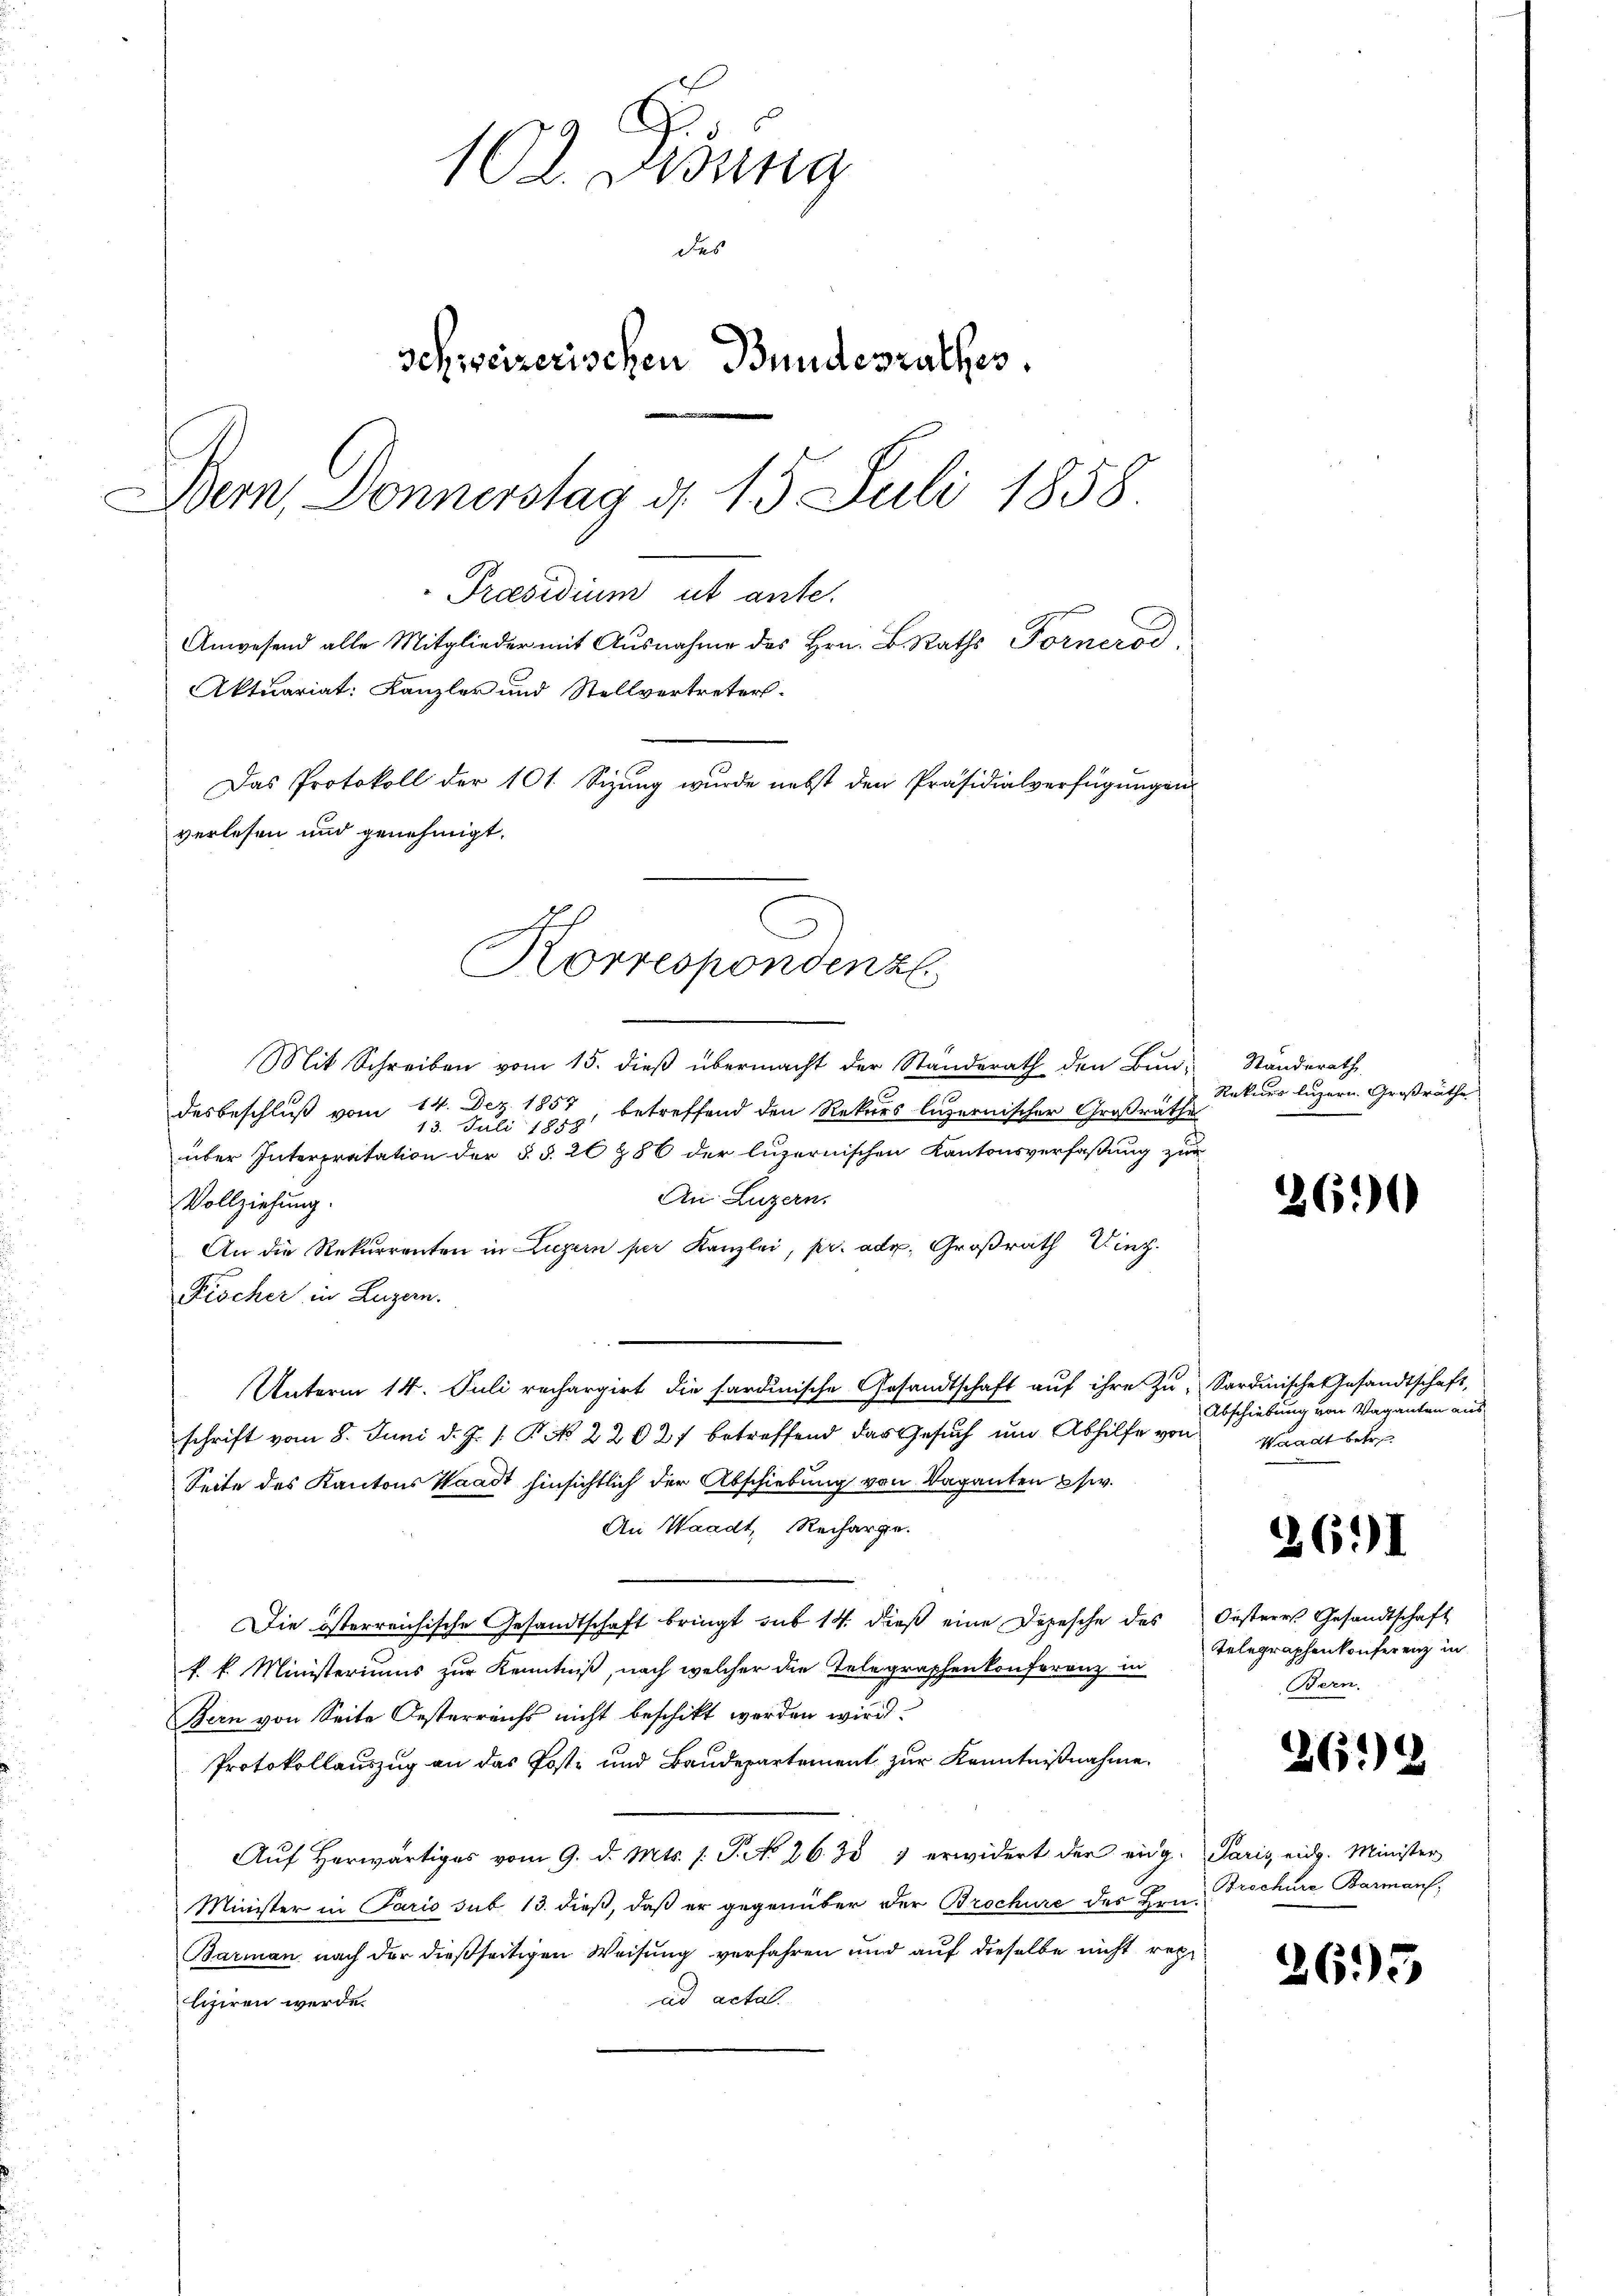
B
12. Jung
schweizerischen Bundesrathes.
B
Dem Donnerstag d. 15 Juli 1858.
Praesidium ut ante.
Anwesend alle Mitglieder mit Ausnahme des Hrn. B. Raths Forneros
Aktuariat: Kanzler und Stellvertreters.
Das Protokoll der 101. Sizung wurde nebst den Präsidialverfügungen
verlesen und genehmigt.

Mit Schreiben vom 15. dieß übermacht der Standerath den Bundesbeschluß vom 14. Dez. 1857 betreffend den Rekurs luzernischer Großrathe
13. Juli 1858
über Interpretation der §. §. 26 § 86 der luzernischen Kantonsverfaßung zur
An Luzern.
Vollziehung.
An die Rekurrenten in Luzern per Kanzlei, pr. ad. Großrath Winz.
Fischer in Luzern.
Unterm 14. Juli rechargirt die sardinische Gesandtschaft auf ihre Zu- Sardinische Gesandtschaft,
schrift vom 8. Juni d. J. 1. P. No. 22027 betreffend das Gesuch um Abhilfe von
Seite des Kantons Waadt hinsichtlich der Abschiebung von Vaganten usw.
An Waadt, Recharge.
Die österreichische Gesandtschaft bringt sub 14. dieß eine Depesche des
k. k. Ministeriums zur Kenntniß, nach welcher die Telegraphenkonferenz in
Bern von Seite Oesterreichs nicht beschikt worden wird.
Protokollauszug an das Post und Baudepartement zur Kenntnißnahme,
Auf Herwärtiges vom 9. d. Mts. s. S. No 26. d. 1 erwidert der eing¬
Minister in Paris sub 13. dieß, daß er gegenüber der Brochüre des Hrn.
Barman nach der dießseitigen Weisung verfahren und auf dieselbe nicht rege
ad actal.
liziren werde.

Korrespondenzl

Standerath
Rekurs luzern. Großräthe

2690

Abschiebung von Vaganten aus
Waadt betre

26.)

Oesteres Gesandtschaft
Telegraphenkonferenz in
Bern.

2692

Paris ein. Minister
Brochüre Barman,

2695